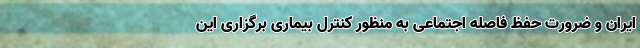
ایران و ضرورت حفظ فاصله اجتماعی به منظور کنترل بیماری برگزاری این